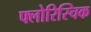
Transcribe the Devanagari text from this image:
फ्लोरिस्चिक